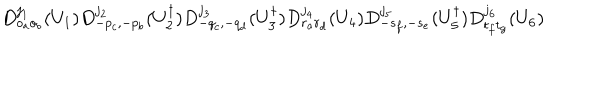
LaTeX: D _ { o _ { a } o _ { b } } ^ { j _ { 1 } } ( U _ { 1 } ) D _ { - p _ { c } , - p _ { b } } ^ { j _ { 2 } } ( U _ { 2 } ^ { \dagger } ) D _ { - q _ { c } , - q _ { d } } ^ { j _ { 3 } } ( U _ { 3 } ^ { \dagger } ) D _ { r _ { a } r _ { d } } ^ { j _ { 4 } } ( U _ { 4 } ) D _ { - s _ { f } , - s _ { e } } ^ { j _ { 5 } } ( U _ { 5 } ^ { \dagger } ) D _ { t _ { f } t _ { g } } ^ { j _ { 6 } } ( U _ { 6 } )